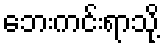
ဘေးကင်းရာသို့